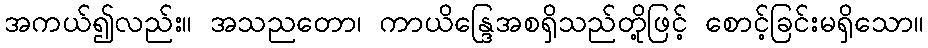
အကယ်၍လည်း။ အသညတော၊ ကာယိန္ဒြေအစရှိသည်တို့ဖြင့် စောင့်ခြင်းမရှိသော။